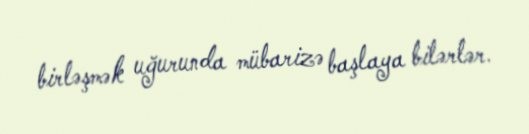
birləşmək uğurunda mübarizə başlaya bilərlər.